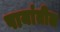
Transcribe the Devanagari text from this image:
पायांतील